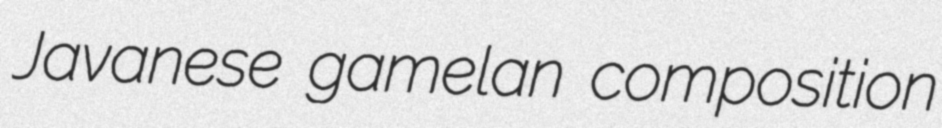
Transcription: Javanese gamelan composition